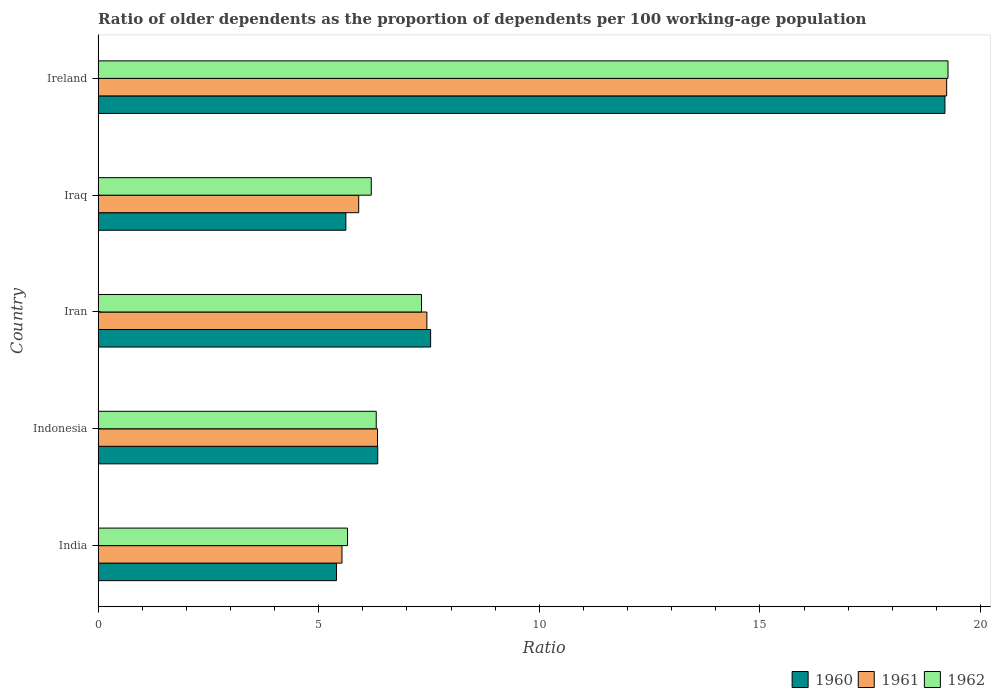
| Country | 1960 | 1961 | 1962 |
 | --- | --- | --- | --- |
 | India | 5.4 | 5.53 | 5.65 |
 | Indonesia | 6.34 | 6.33 | 6.3 |
 | Iran | 7.54 | 7.45 | 7.33 |
 | Iraq | 5.62 | 5.91 | 6.19 |
 | Ireland | 19.2 | 19.2 | 19.3 |